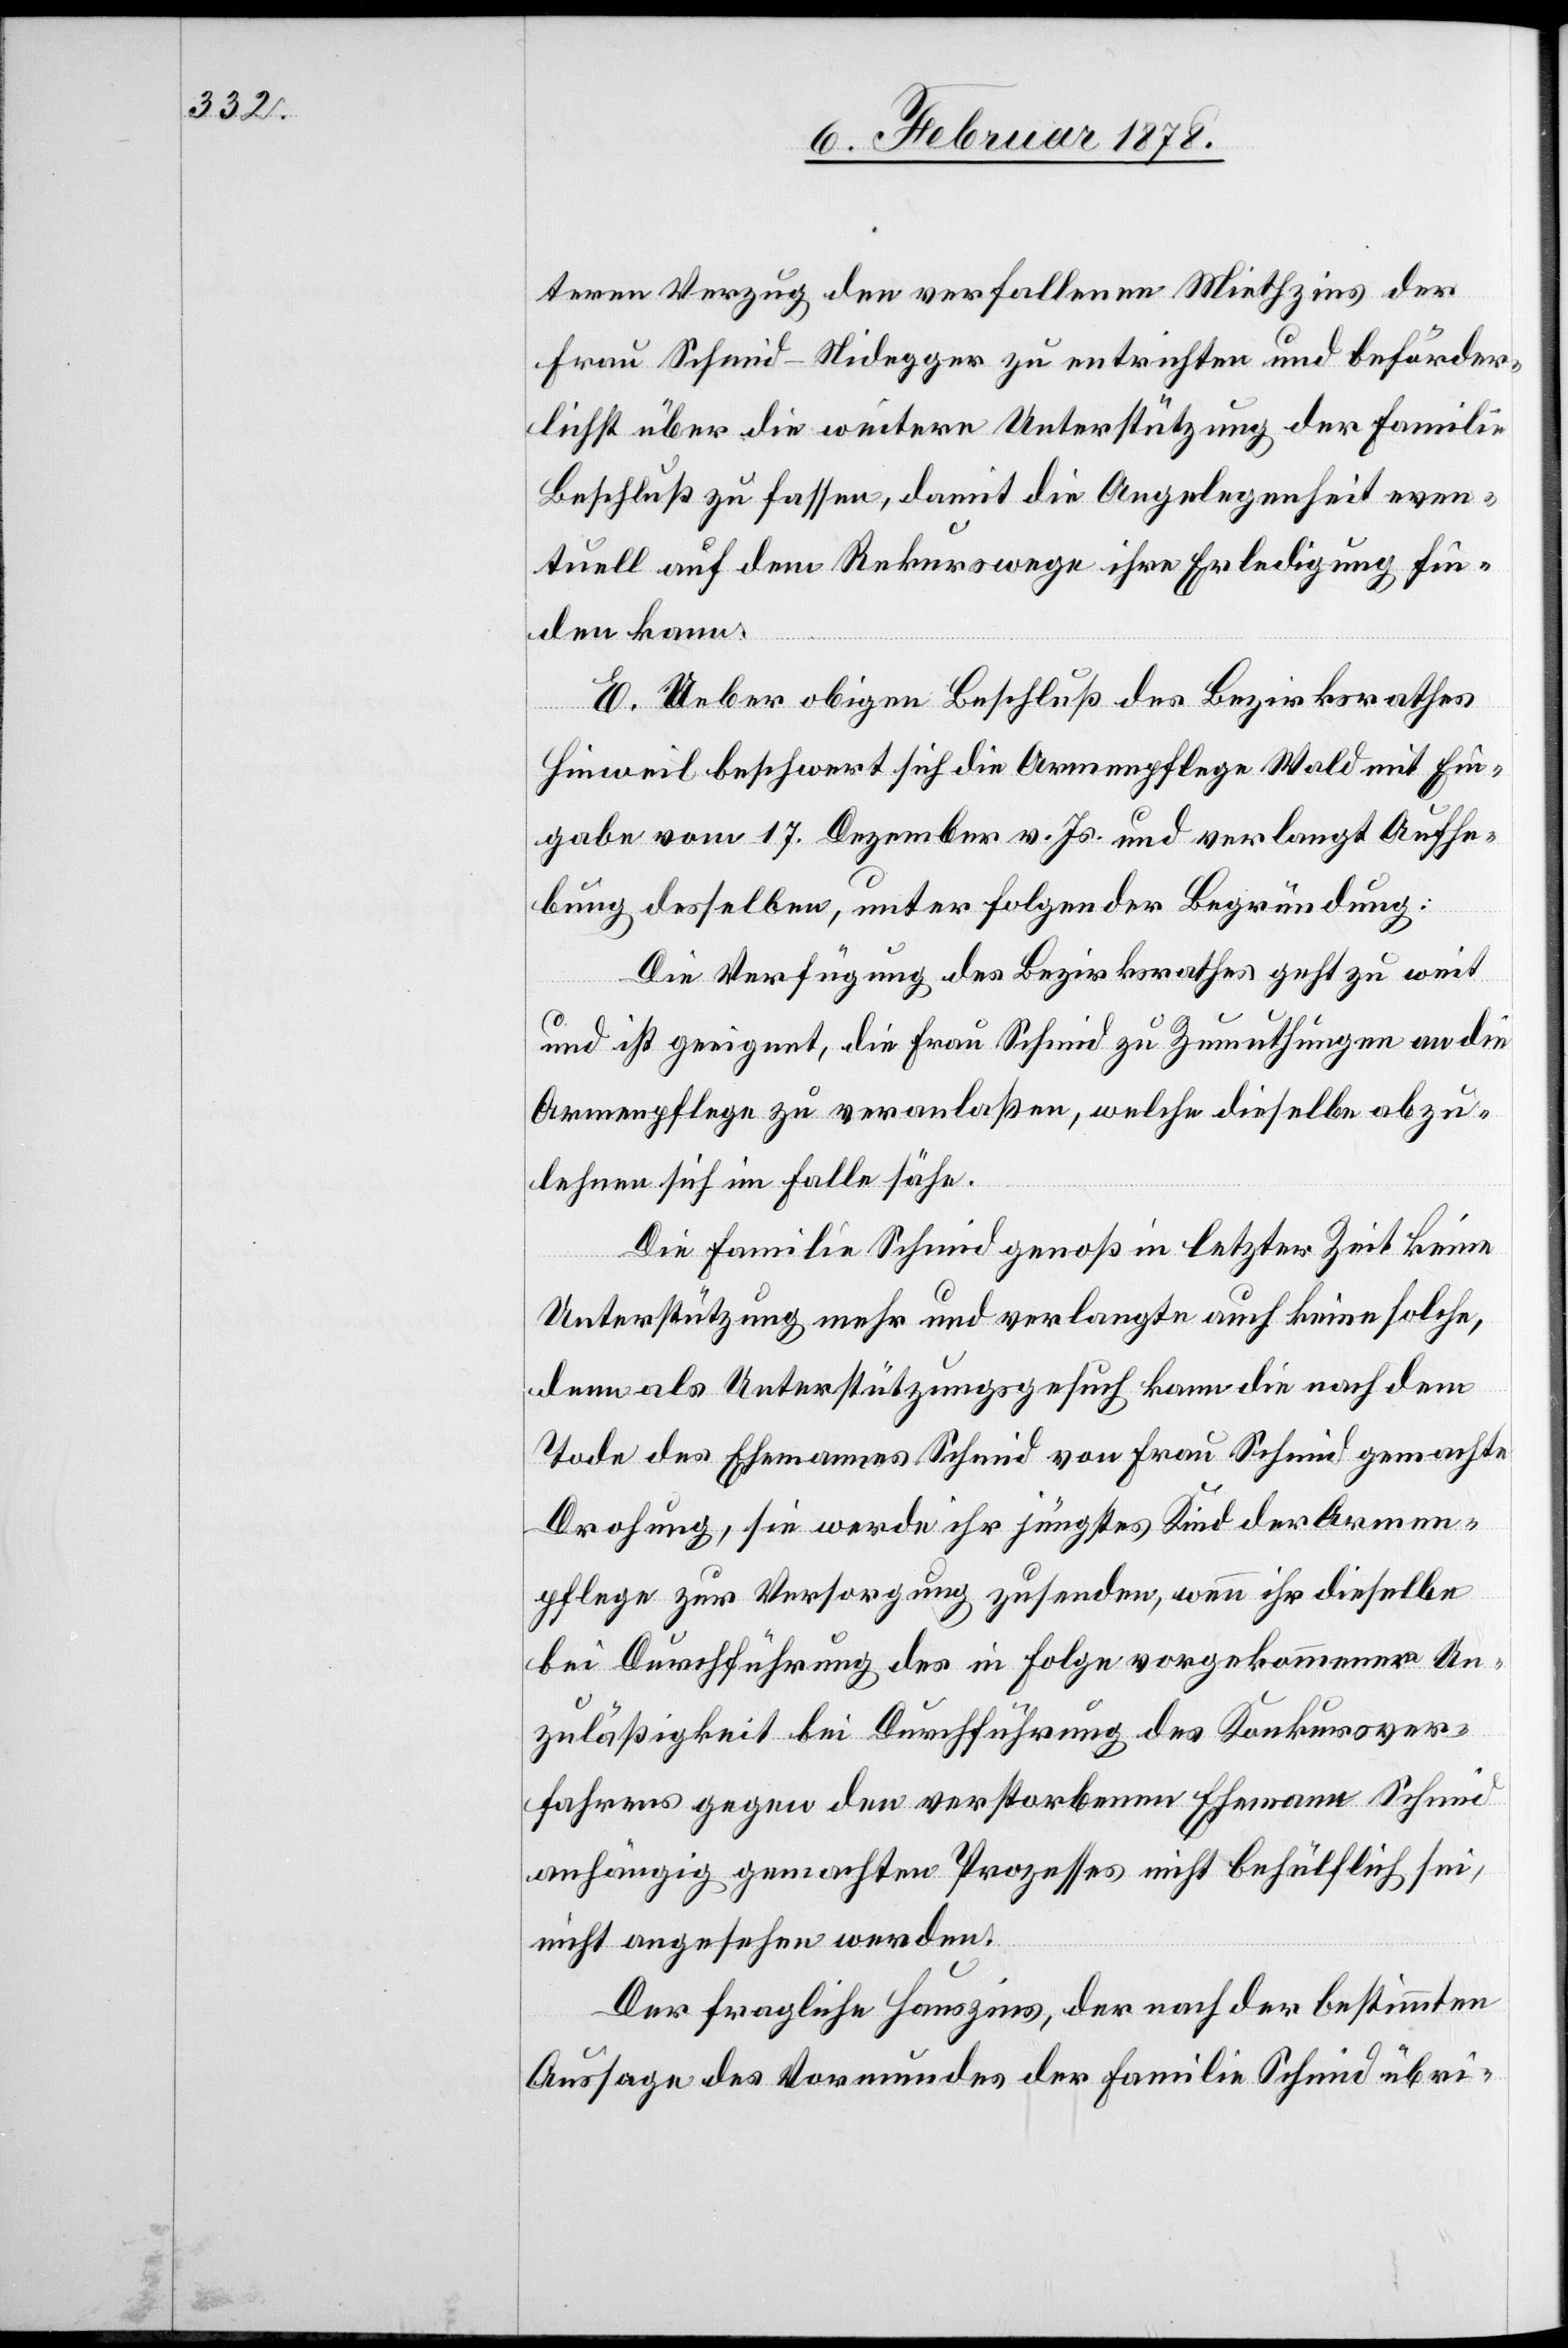
teren Verzug den verfallenen Miethzins der
Frau Schmid-Nidegger zu entrichten und beförder¬
lichst über die weitere Unterstützung der Familie
Beschluß zu fassen, damit die Angelegenheit even¬
tuell auf dem Rekurswege ihre Erledigung fin¬
den kann.
E. Ueber obigen Beschluß des Bezirksrathes
Hinweil beschwert sich die Armenpflege Wald mit Ein¬
gabe vom 17. Dezember v. Js. und verlangt Aufhe¬
bung desselben, unter folgender Begründung:
Die Verfügung des Bezirksrathes geht zu weit
und ist geeignet, die Frau Schmid zu Zumuthungen an die
Armenpflege zu veranlaßen, welche dieselbe abzu¬
lehnen sich im Falle sähe.
Die Familie Schmid genoß in letzter Zeit keine
Unterstützung mehr und verlangte auch keine solche,
denn als Unterstützungsgesuch kann die nach dem
Tode des Ehemannes Schmid von Frau Schmid gemachte
Drohung, sie werde ihr jüngstes Kind der Armen¬
pflege zur Versorgung zusenden; wenn ihr dieselbe
bei Durchführung des in Folge vorgekommener Un¬
zulässigkeit bei Durchführung des Konkursver¬
fahrens gegen den verstorbenen Ehemann Schmid
anhängig gemachten Prozesses nicht behülflich sei,
nicht angesehen werden.
Der fragliche Hauszins, der nach der bestimmten
Aussage des Vormundes der Familie Schmid übri-